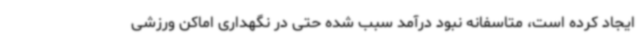
ایجاد کرده است، متاسفانه نبود درآمد سبب شده حتی در نگهداری اماکن ورزشی